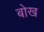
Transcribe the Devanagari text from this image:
बोख